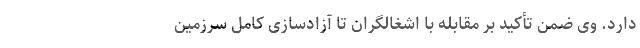
دارد. وی ضمن تأکید بر مقابله با اشغالگران تا آزادسازی کامل سرزمین